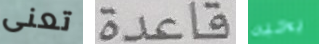
تعنى قاعدة يحبه